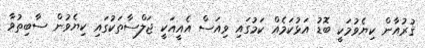
ޤުރުއާން ކިޔެވުމަކީ ބޮޑު އަޅުކަމެއް ކަމުގައި ވިއަސް އެއީއަކީ ޖަލްސާތަކުގައި ކިޔެވުން ސާބިތުވާ